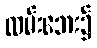
လမ်းဘေး၌